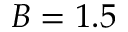
B = 1 . 5